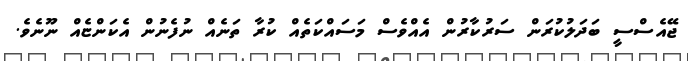
ޖޭއެސްސީ ބަދަލުކުރަން ސަރުކާރުން އެއްވެސް މަސައްކަތެއް ކުރާ ތަނެއް ނުފެނުން އެކަންޏެއް ނޫނެވެ.